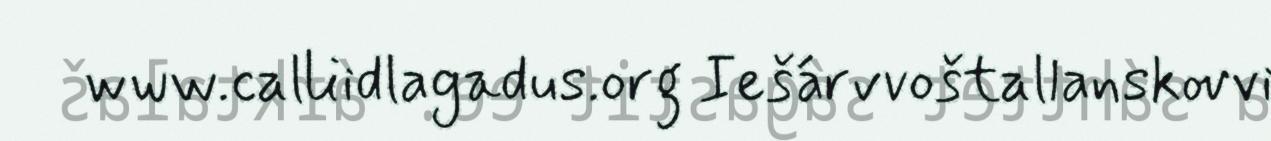
www.calliidlagadus.org Iešárvvoštallanskovvi